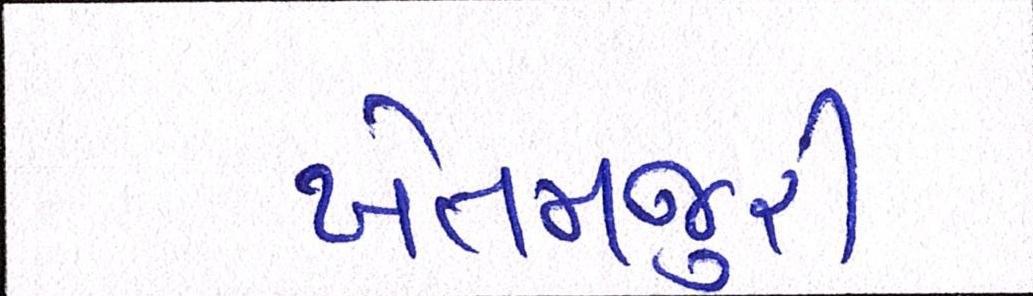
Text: ખેતમજુરી